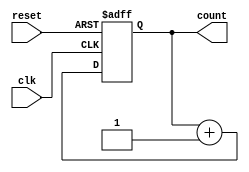

`timescale 1ns/1ps

// A synchronous counter

module DigitalCore_sync_counter(
        reset,
	    clk,
        count
    );

    //-----------------------------------------------------------------------------------
    //  Parameters
    //-----------------------------------------------------------------------------------
    parameter Width =           10;
    localparam DummyBits =      Width-1;
    //-----------------------------------------------------------------------------------
    
    //-----------------------------------------------------------------------------------
    //  I/O
    //-----------------------------------------------------------------------------------
    input wire                  clk;
    input wire                  reset;
    output reg  [Width-1:0]     count;
    //-----------------------------------------------------------------------------------

    //-----------------------------------------------------------------------------------
    //  Synchronous Counter
    //-----------------------------------------------------------------------------------
    always @(posedge clk or posedge reset) begin
        if (reset) begin
            count <= {Width{1'b0}};
        end else begin
            count <= count + { {DummyBits{1'b0}}, 1'b1 };
        end
    end
    //-----------------------------------------------------------------------------------

endmodule